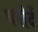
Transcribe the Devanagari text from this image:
घरौदें